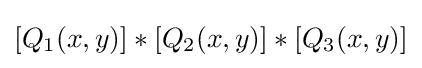
[Q_{1}(x,y)]\ast [Q_{2}(x,y)]\ast [Q_{3}(x,y)]